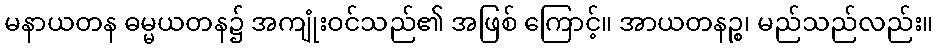
မနာယတန ဓမ္မယတန၌ အကျုံးဝင်သည်၏ အဖြစ် ကြောင့်။ အာယတနဉ္စ၊ မည်သည်လည်း။